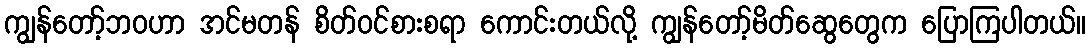
ကျွန်တော့်ဘဝဟာ အင်မတန် စိတ်ဝင်စားစရာ ကောင်းတယ်လို့ ကျွန်တော့်မိတ်ဆွေတွေက ပြောကြပါတယ်။